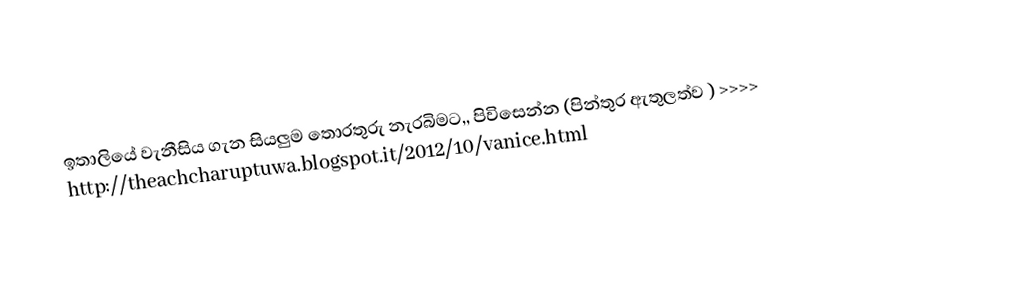
ඉතාලියේ වැනීසිය ගැන සියලුම තොරතුරු නැරබිමට,, පිවිසෙන්න (පින්තුර ඇතුලත්ව ) >>>> http://theachcharuptuwa.blogspot.it/2012/10/vanice.html